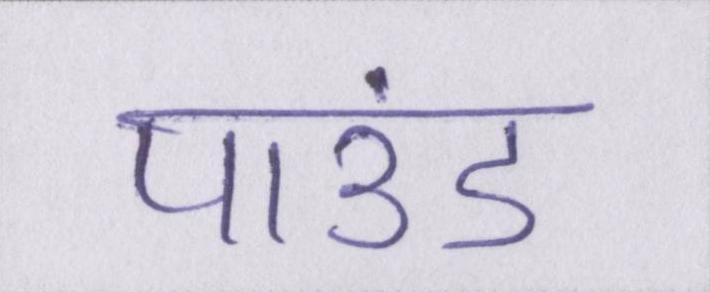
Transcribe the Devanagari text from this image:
पाउंड